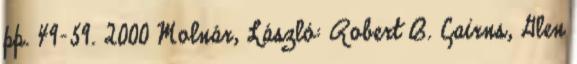
pp. 49-59. 2000 Molnár, László: Robert B. Cairns, Glen